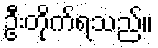
ဦးတိုက်ရသည်။